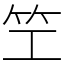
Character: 笁